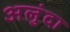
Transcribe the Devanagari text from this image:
अलुंदा